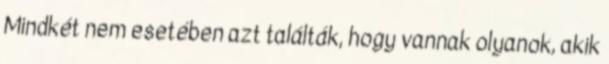
Mindkét nem esetében azt találták, hogy vannak olyanok, akik